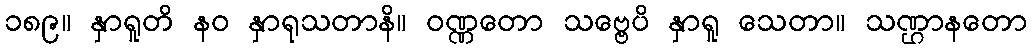
၁၈၉။ နှာရူတိ နဝ နှာရုသတာနိ။ ဝဏ္ဏတော သဗ္ဗေပိ နှာရူ သေတာ။ သဏ္ဌာနတော